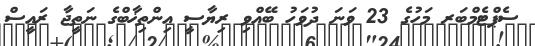
ސެޕްޓެމްބަރ މަހުގެ 23 ވަނަ ދުވަހު ބޭއްވި ރިޔާސީ އިންތިޚާބްގެ ނަތީޖާ ރައީސް